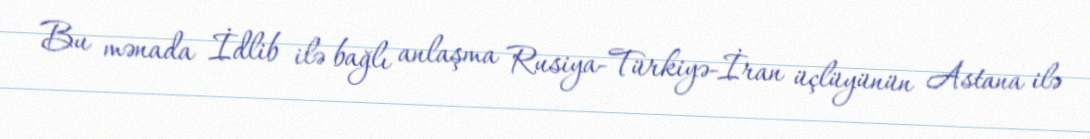
Bu mənada İdlib ilə bağlı anlaşma Rusiya-Türkiyə-İran üçlüyünün Astana ilə